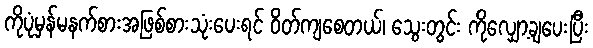
ကိုပုံမှန်မနက်စားအဖြစ်စားသုံးပေးရင် ဝိတ်ကျစေတယ်၊ သွေးတွင်း ကိုလျှော့ချပေးပြီး